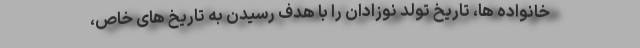
خانواده ها، تاریخ تولد نوزادان را با هدف رسیدن به تاریخ های خاص،